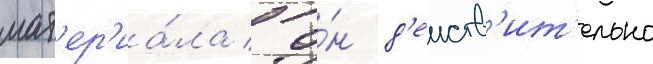
мат'ер'иа́ла / о́н д'еиств'ит'ельно